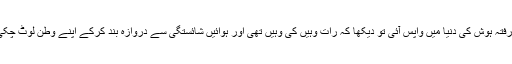
جانے کتنے پہر وہ ہوش سے بیگانہ پڑی رہی لیکن جب رفتہ رفتہ ہوش کی دنیا میں واپس آئی تو دیکھا کہ رات وہیں کی وہیں تھی اور ہوائیں شائستگی سے دروازہ بند کرکے اپنے وطن لوٹ چکی تھیں البتہ ایک کاٹ تھی جو وہ اپنے پیچھے چھوڑ گئی تھیں۔